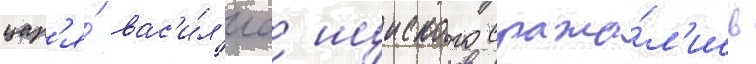
цар'я́ вас'и́л'иа шуиского сража́л'ись